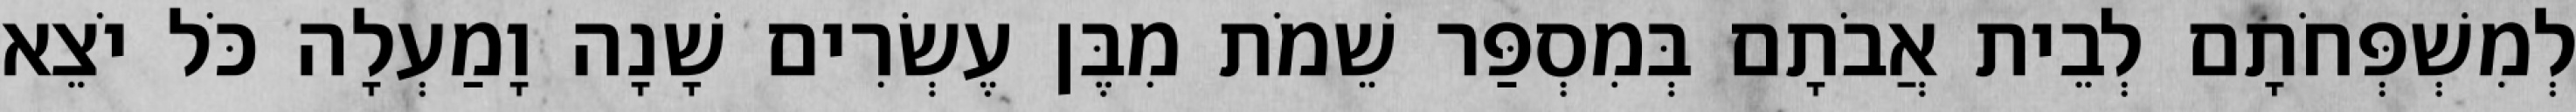
לְמִשְׁפְּחֹתָם לְבֵית אֲבֹתָם בְּמִסְפַּר שֵׁמֹת מִבֶּן עֶשְׂרִים שָׁנָה וָמַעְלָה כֹּל יֹצֵא